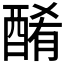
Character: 𨡜